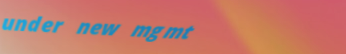
under new mgmt